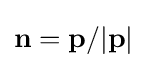
\mathbf {n} =\mathbf {p} /|\mathbf {p} |